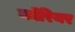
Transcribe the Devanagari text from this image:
कॉरियर